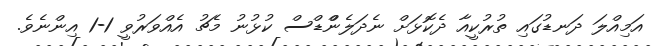
އަމިއްލަ ދަނޑުގައި ތުރުކީއާ ދެކޮޅަށް ނެދަލެންްޑްސް ކުޅުނު މެޗު އެއްވަރުވީ 1-1 އިންނެވެ.